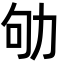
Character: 劬